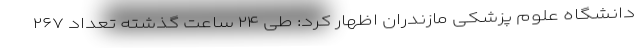
دانشگاه علوم پزشکی مازندران اظهار کرد: طی ۲۴ ساعت گذشته تعداد ۲۶۷